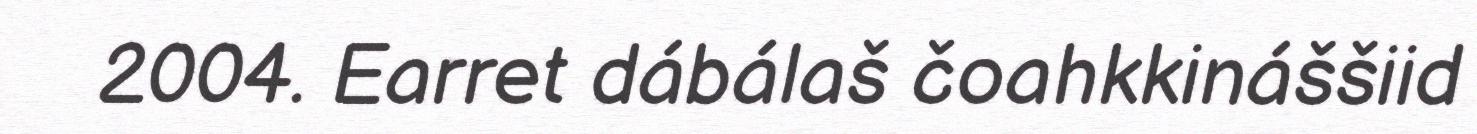
2004. Earret dábálaš čoahkkináššiid